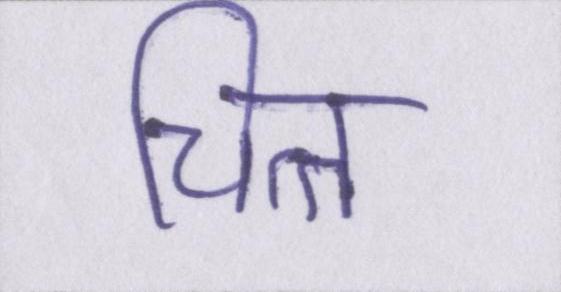
चित्त